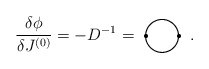
\begin{align*}\frac{\delta \phi}{\delta J^{(0)}}=-D^{-1}=\setlength{\unitlength}{1mm}\begin{picture}(13,10)(-2,0)\thicklines\put(4,1){\circle{8}}\put(-0.25,1){\circle*{1}}\put(8.25,1){\circle*{1}}\end{picture}.\end{align*}